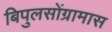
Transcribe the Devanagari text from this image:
बिपुलसोंग्रामास